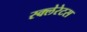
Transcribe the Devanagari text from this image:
स्क्लेरेटस